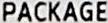
PACKAGE